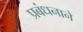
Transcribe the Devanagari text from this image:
प्रबंधनाने